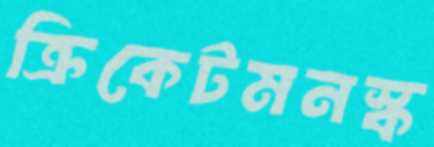
ক্রিকেটমনস্ক